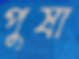
পুষা